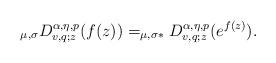
LaTeX: \begin{align*}_{\mu ,\sigma }D_{v,q;z}^{\alpha ,\eta ,p}(f(z))=_{\mu ,\sigma \ast}D_{v,q;z}^{\alpha ,\eta ,p}(e^{f\left( z\right) }). \end{align*}